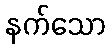
နက်သော